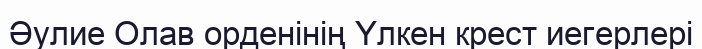
Әулие Олав орденінің Үлкен крест иегерлері